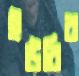
ইউরিব